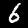
Digit: 6